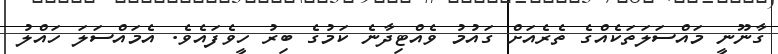
ގާނޫނީ މައްސަލަތަކެއްގެ ތެރެއަށް ގައުމު ވެއްޓިދާނެ ކަމުގެ ބިރު ހީވެފައެވެ. އެމައްސަލަ ހައްލު